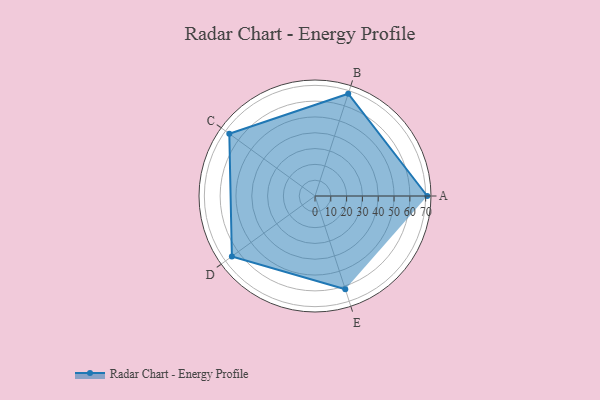
{"axis": {"x": "Skill", "y": "Score"}, "legend": ["Profile"], "data": [{"x": "A", "y": 71.0, "type": "Profile"}, {"x": "B", "y": 68.0, "type": "Profile"}, {"x": "C", "y": 67.0, "type": "Profile"}, {"x": "D", "y": 65.0, "type": "Profile"}, {"x": "E", "y": 62.0, "type": "Profile"}]}